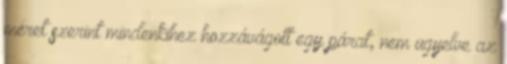
méret szerint mindenkihez hozzávágott egy párat, nem ügyelve az